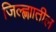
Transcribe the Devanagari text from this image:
जिल्ह्णाातील